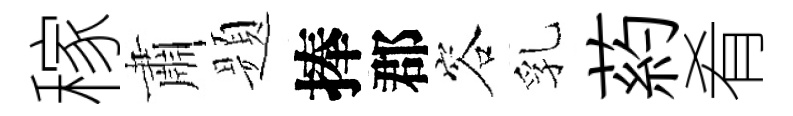
稼肅题捧郡容乳葯肴